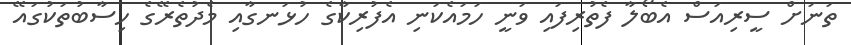
ތަނަށް ސީރިއަސް އެބޯލާ ފެތުރިފައި ވަނީ ހަމައެކަނި އެފުރިކާގެ ހުޅަނގާއި މެދުތެރޭގެ ހިސާބުތަކުގައޭ